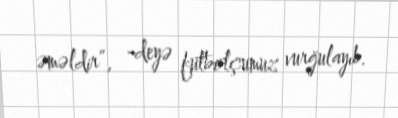
əməldir”, -deyə futbolçumuz vurğulayıb.